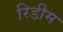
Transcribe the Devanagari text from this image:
रिडीम